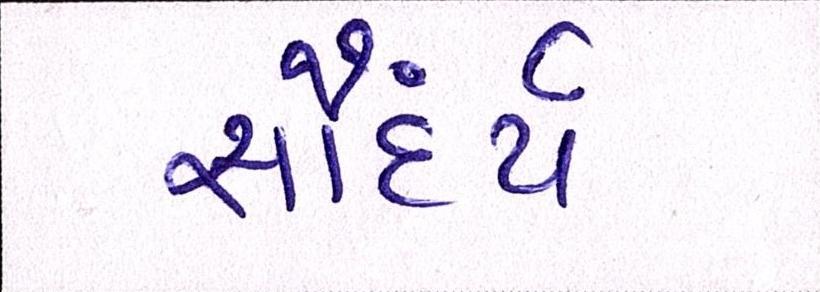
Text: સૌંદર્ય